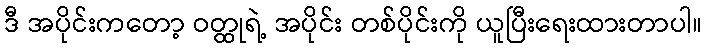
ဒီ အပိုင်းကတော့ ဝတ္ထုရဲ့ အပိုင်း တစ်ပိုင်းကို ယူပြီးရေးထားတာပါ။